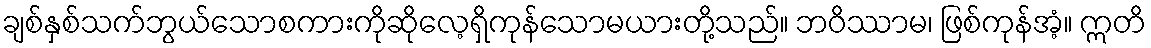
ချစ်နှစ်သက်ဘွယ်သောစကားကိုဆိုလေ့ရှိကုန်သောမယားတို့သည်။ ဘဝိဿာမ၊ ဖြစ်ကုန်အံ့။ ဣတိ